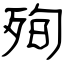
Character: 殉